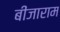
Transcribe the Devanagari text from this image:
बींजाराम